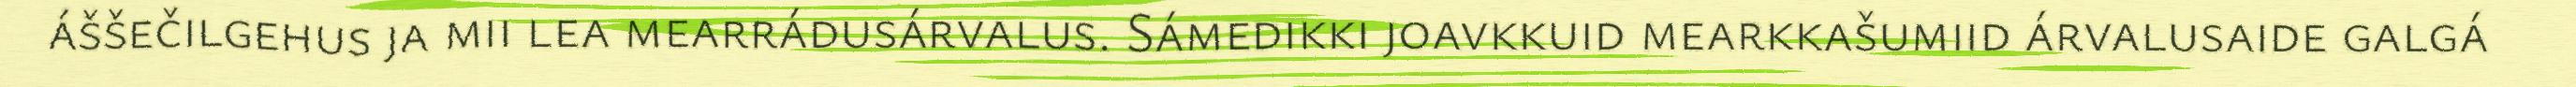
áššečilgehus ja mii lea mearrádusárvalus. Sámedikki joavkkuid mearkkašumiid árvalusaide galgá